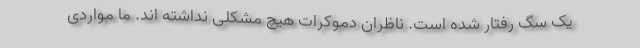
یک سگ رفتار شده است. ناظران دموکرات هیچ مشکلی نداشته اند. ما مواردی